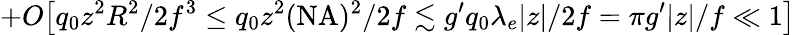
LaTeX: +O\big[q_{0}z^{2}R^{2}/2f^{3}\le q_{0}z^{2}(\mathrm{NA})^{2}/2f\lesssim g^{\prime}q_{0}\lambda_{e}|z|/2f=\pi g^{\prime}|z|/f\ll 1\big]